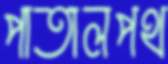
পাতালপথ